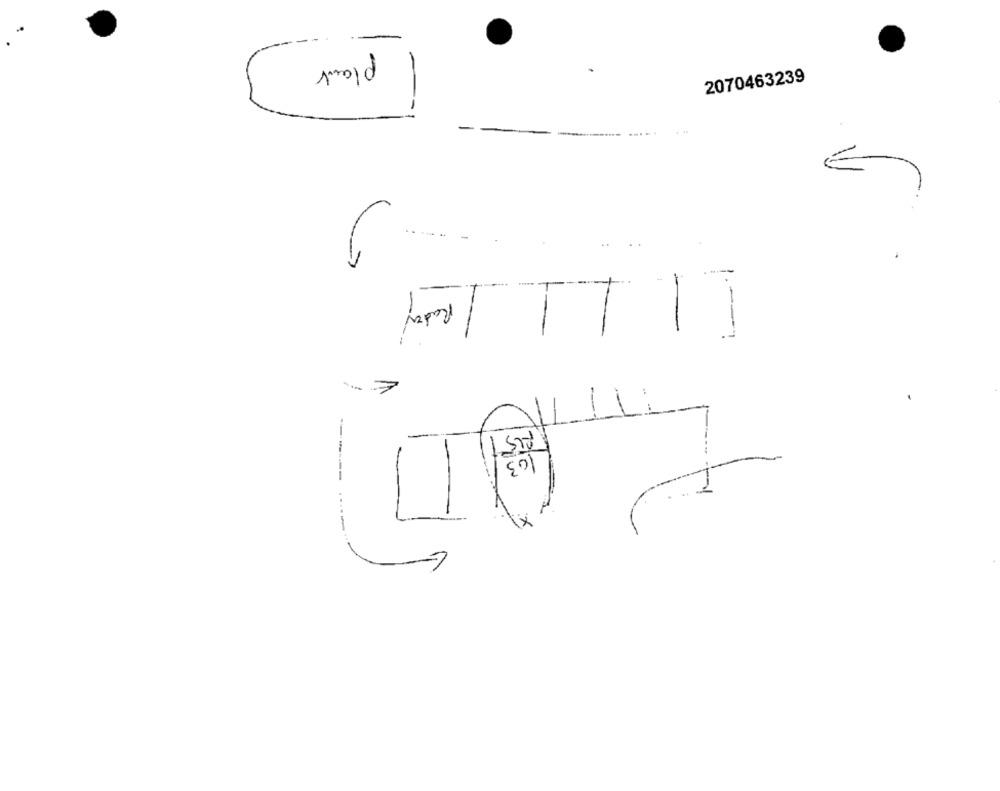
plant
2070463239
-
-
--
7